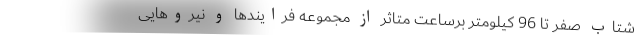
شتاب صفر تا 96 کیلومتر برساعت متاثر از مجموعه فرایندها و نیروهایی